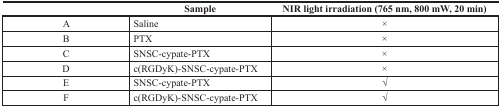
|  | Sample | NIR light irradiation (765 nm, 800 mW, 20 min) |
 | --- | --- | --- |
 | A | Saline | × |
 | B | PTX | × |
 | C | SNSC-cypate-PTX | × |
 | D | c(RGDyK)-SNSC-cypate-PTX | × |
 | E | SNSC-cypate-PTX | √ |
 | F | c(RGDyK)-SNSC-cypate-PTX | √ |